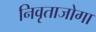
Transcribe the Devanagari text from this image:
निवृताजोगा